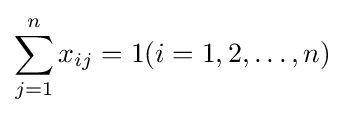
\sum _{j=1}^{n}x_{ij}=1(i=1,2,\dots ,n)